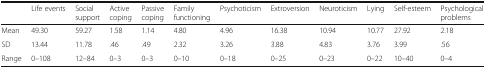
<table><thead><tr><td></td><td><b>Life events</b></td><td><b>Social support</b></td><td><b>Active coping</b></td><td><b>Passive coping</b></td><td><b>Family functioning</b></td><td><b>Psychoticism</b></td><td><b>Extroversion</b></td><td><b>Neuroticism</b></td><td><b>Lying</b></td><td><b>Self-esteem</b></td><td><b>Psychological problems</b></td></tr></thead><tbody><tr><td>Mean</td><td>49.30</td><td>59.27</td><td>1.58</td><td>1.14</td><td>4.80</td><td>4.96</td><td>16.38</td><td>10.94</td><td>10.77</td><td>27.92</td><td>2.18</td></tr><tr><td>SD</td><td>13.44</td><td>11.78</td><td>.46</td><td>.49</td><td>2.32</td><td>3.26</td><td>3.88</td><td>4.83</td><td>3.76</td><td>3.99</td><td>.56</td></tr><tr><td>Range</td><td>0–108</td><td>12–84</td><td>0–3</td><td>0–3</td><td>0–10</td><td>0–18</td><td>0–25</td><td>0–23</td><td>0–22</td><td>10–40</td><td>0–4</td></tr></tbody></table>